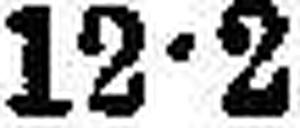
12•2